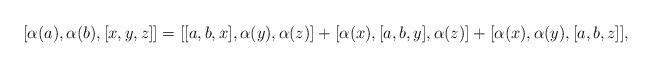
LaTeX: \begin{align*}&[\alpha(a),\alpha(b),[x,y,z]]=[[a,b,x], \alpha(y), \alpha(z)]+ [\alpha(x),[a,b,y],\alpha(z)]+[\alpha(x),\alpha(y),[a,b,z]],\end{align*}